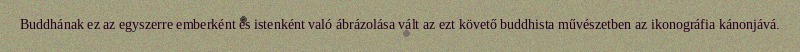
Buddhának ez az egyszerre emberként és istenként való ábrázolása vált az ezt követő buddhista művészetben az ikonográfia kánonjává.